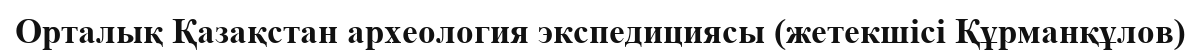
Орталық Қазақстан археология экспедициясы (жетекшісі Құрманқұлов)